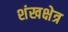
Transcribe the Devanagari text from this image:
शंखक्षेत्र